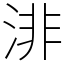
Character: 渄